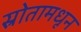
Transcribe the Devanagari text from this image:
स्रोतामधून